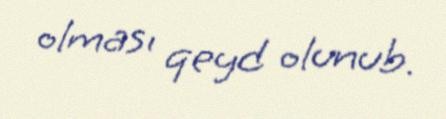
olması qeyd olunub.